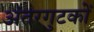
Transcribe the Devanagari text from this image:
अंतरगुटकों